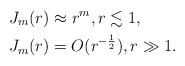
\begin{align*}J_m(r) &\approx r^m, r\lesssim1, \\J_m(r) &= O(r^{-\frac12}), r\gg1.\end{align*}